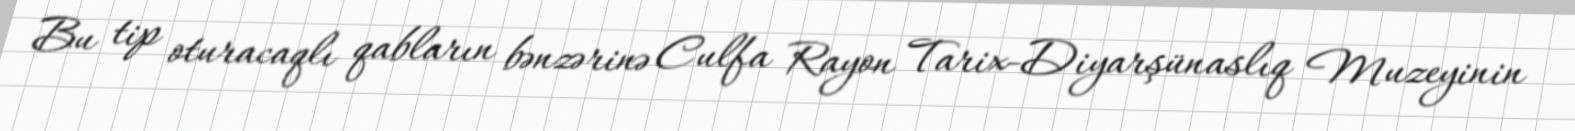
Bu tip oturacaqlı qabların bənzərinə Culfa Rayon Tarix-Diyarşünaslıq Muzeyinin